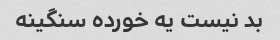
بد نیست یه خورده سنگینه